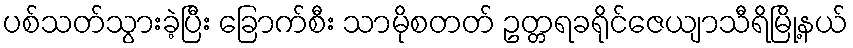
ပစ်သတ်သွားခဲ့ပြီး ခြောက်စီး သာမိုစတတ် ဥတ္တရခရိုင်ဇေယျာသီရိမြို့နယ်